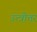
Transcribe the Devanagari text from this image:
उत्त्रोत्तर